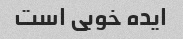
ایده خوبی است